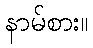
နာမ်စား။